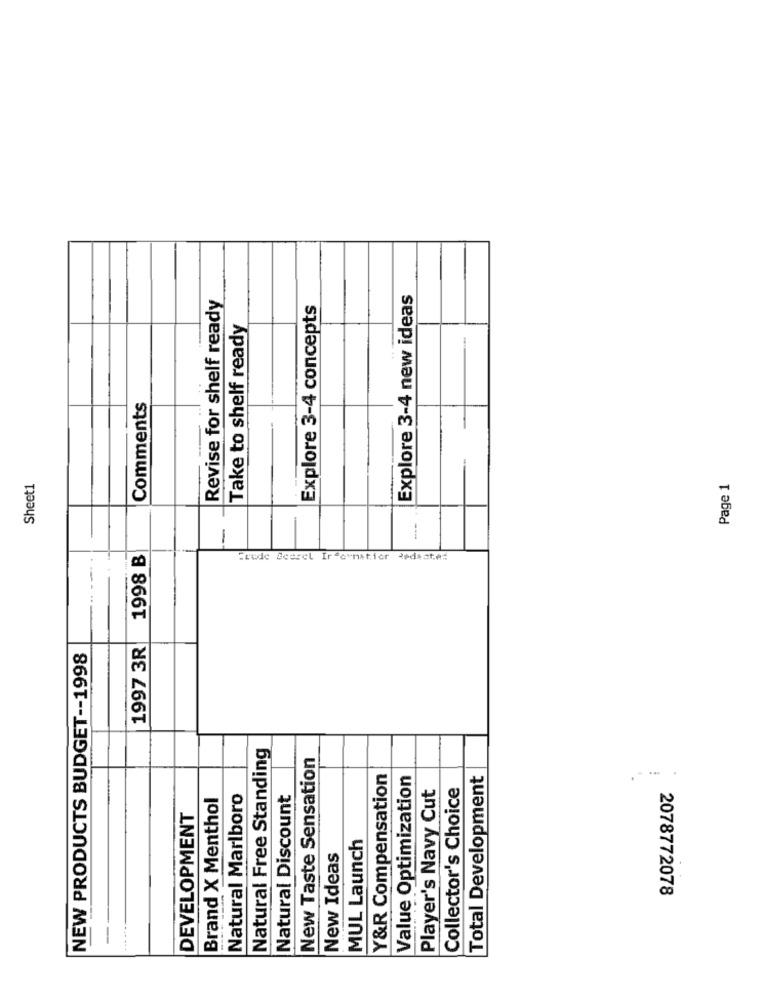
Revise for shelf ready
Explore 3-4 new ideas
Explore 3-4 concepts
Take to shelf ready
Comments
Sheet1
Page 1
-
1998 B
Frede Beerel Ir formatior Redacte#
1997 3R
NEW PRODUCTS BUDGET -- 1998
Natural Free Standing
New Taste Sensation
Y&R Compensation
Value Optimization
Total Development
Player's Navy Cut
Collector's Choice
Brand X Menthol
Natural Marlboro
Natural Discount
DEVELOPMENT
MUL Launch
New Ideas
2078772078